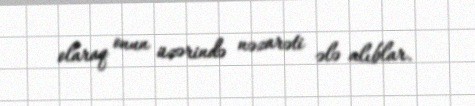
olaraq onun üzərində nəzarəti ələ alıblar.